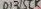
Text: D1315